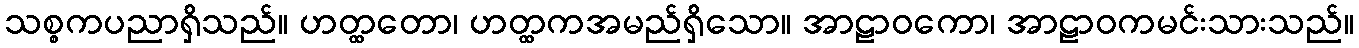
သစ္စကပညာရှိသည်။ ဟတ္ထတော၊ ဟတ္ထကအမည်ရှိသော။ အာဠာဝကော၊ အာဠာဝကမင်းသားသည်။